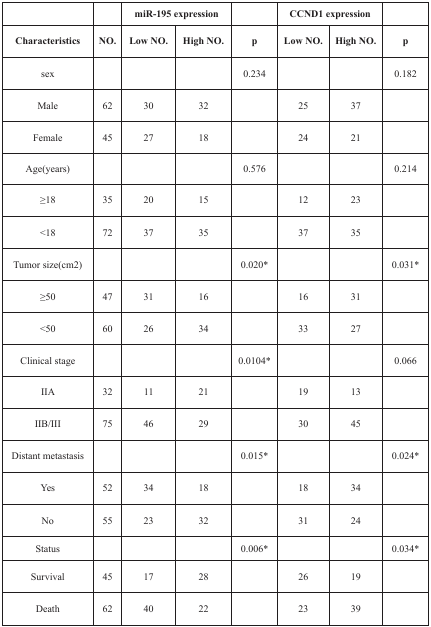
|  |  | <COLSPAN=2> miR-195 expression |  | <COLSPAN=2> CCND1 expression |  |
 | Characteristics | NO. | Low NO. | High NO. | p | Low NO. | High NO. | p |
 | --- | --- | --- | --- | --- | --- | --- | --- |
 | sex |  |  |  | 0.234 |  |  | 0.182 |
 | Male | 62 | 30 | 32 |  | 25 | 37 |  |
 | Female | 45 | 27 | 18 |  | 24 | 21 |  |
 | Age(years) |  |  |  | 0.576 |  |  | 0.214 |
 | ≥18 | 35 | 20 | 15 |  | 12 | 23 |  |
 | <18 | 72 | 37 | 35 |  | 37 | 35 |  |
 | Tumor size(cm2) |  |  |  | 0.020* |  |  | 0.031* |
 | ≥50 | 47 | 31 | 16 |  | 16 | 31 |  |
 | <50 | 60 | 26 | 34 |  | 33 | 27 |  |
 | Clinical stage |  |  |  | 0.0104* |  |  | 0.066 |
 | IIA | 32 | 11 | 21 |  | 19 | 13 |  |
 | IIB/III | 75 | 46 | 29 |  | 30 | 45 |  |
 | Distant metastasis |  |  |  | 0.015* |  |  | 0.024* |
 | Yes | 52 | 34 | 18 |  | 18 | 34 |  |
 | No | 55 | 23 | 32 |  | 31 | 24 |  |
 | Status |  |  |  | 0.006* |  |  | 0.034* |
 | Survival | 45 | 17 | 28 |  | 26 | 19 |  |
 | Death | 62 | 40 | 22 |  | 23 | 39 |  |